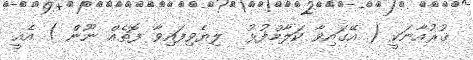
ޤުރުއާނަކީ ( އޭގައިވާ ކަލާމްފުޅު  ލިޔެވިފައިވާ ފޮތެއް ނޫން ) އެއީ